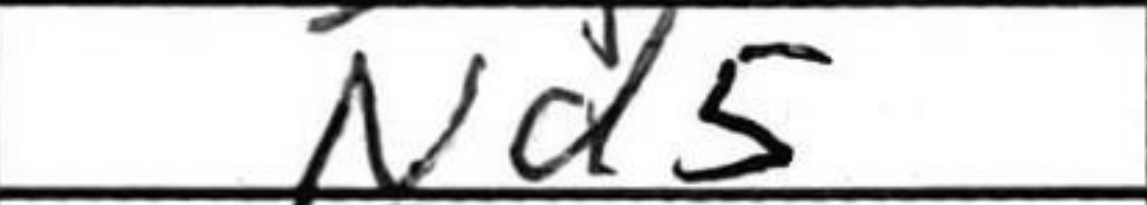
Transcription: Nd5